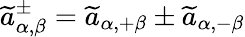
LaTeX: \widetilde{a}_{\alpha,\beta}^{\pm}=\widetilde{a}_{\alpha,+\beta}\pm\widetilde{a}_{\alpha,-\beta}